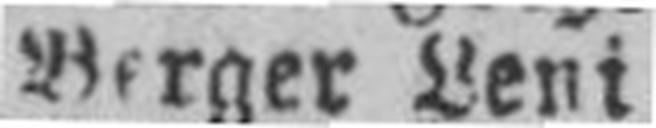
Berger Leni